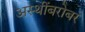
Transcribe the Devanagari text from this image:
अस्थींबरोबर